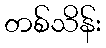
တစ်သိန်း